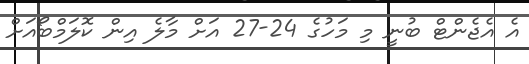
އެ އެޖެންޓް ބުނީ މި މަހުގެ 24-27 އަށް މާލެ އިން ކޮލަމްބޯއަށް